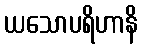
ယသောပရိဟာနိ